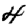
Digit: 4